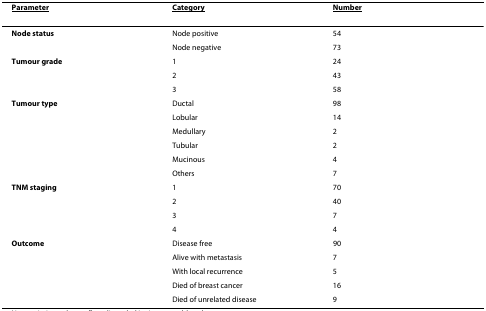
| <underline>Parameter</underline> | <underline>Category</underline> | <underline>Number</underline> |
 | --- | --- | --- |
 | Node status | Node positive | 54 |
 |  | Node negative | 73 |
 | Tumour grade | 1 | 24 |
 |  | 2 | 43 |
 |  | 3 | 58 |
 | Tumour type | Ductal | 98 |
 |  | Lobular | 14 |
 |  | Medullary | 2 |
 |  | Tubular | 2 |
 |  | Mucinous | 4 |
 |  | Others | 7 |
 | TNM staging | 1 | 70 |
 |  | 2 | 40 |
 |  | 3 | 7 |
 |  | 4 | 4 |
 | Outcome | Disease free | 90 |
 |  | Alive with metastasis | 7 |
 |  | With local recurrence | 5 |
 |  | Died of breast cancer | 16 |
 |  | Died of unrelated disease | 9 |